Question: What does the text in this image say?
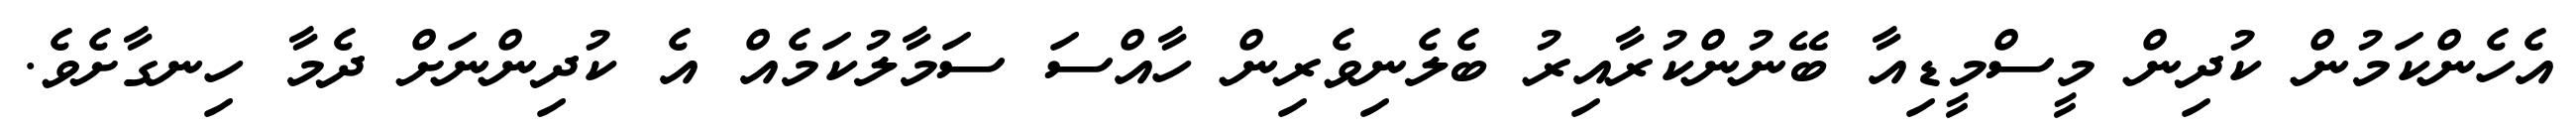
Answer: އެހެންކަމުން ކުދިން މީސްމީޑިއާ ބޭނުންކުރާއިރު ބެލެނިވެރިން ހާއްސަ ސަމާލުކަމެއް އެ ކުދިންނަށް ދެމާ ހިނގާށެވެ.